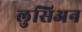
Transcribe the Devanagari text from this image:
लुसिअन